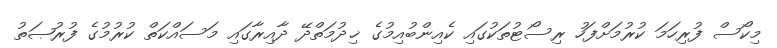
މިކޯސް ފުރިހަމަ ކުރުމަށްފަހު ރިސޯޓުތަކުގައި ކެއިންބުއިމުގެ ޚިދުމަތްދޭ ދާއިރާގައި މަސައްކަތް ކުރުމުގެ ފުރުޞަތު